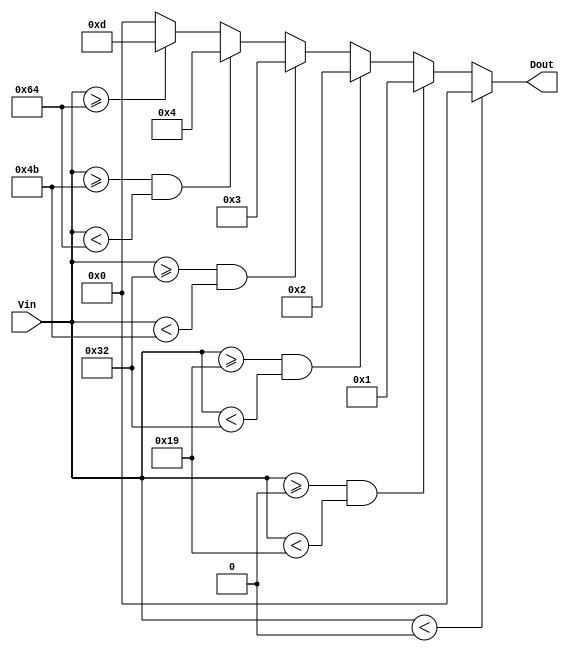
module thermal_encoder (
    input [6:0] Vin,  // 7-bit input signal representing temperature (0 to 127C)
    output reg [3:0] Dout // 4-bit output for digital representation
);

    // Define temperature thresholds in numeric representation
    localparam T0 = 7'd0;   // 0C
    localparam T1 = 7'd25;  // 25C
    localparam T2 = 7'd50;  // 50C
    localparam T3 = 7'd75;  // 75C
    localparam T4 = 7'd100; // 100C

    always @(*) begin
        // Default output for invalid range
        Dout = 4'b0000; // Below range
        
        if (Vin < T0) begin
            Dout = 4'b0000; // Below range
        end else if (Vin >= T0 && Vin < T1) begin
            Dout = 4'b0001; // 01 for range [0, 25)
        end else if (Vin >= T1 && Vin < T2) begin
            Dout = 4'b0010; // 10 for range [25, 50)
        end else if (Vin >= T2 && Vin < T3) begin
            Dout = 4'b0011; // 11 for range [50, 75)
        end else if (Vin >= T3 && Vin < T4) begin
            Dout = 4'b0100; // 12 for range [75, 100)
        end else if (Vin >= T4) begin
            Dout = 4'b1101; // 13 for above range ( 100)
        end
    end

endmodule